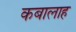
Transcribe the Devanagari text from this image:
कबालाह